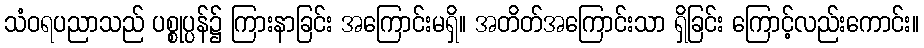
သံဝရပညာသည် ပစ္စုပ္ပန်၌ ကြားနာခြင်း အကြောင်းမရှိ။ အတိတ်အကြောင်းသာ ရှိခြင်း ကြောင့်လည်းကောင်း။